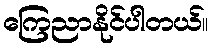
ကြေညာနိုင်ပါတယ်။